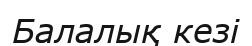
Балалық кезі